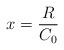
LaTeX: \begin{align*}x=\frac{R}{C_0}\end{align*}